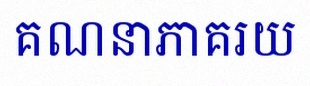
គណនាភាគរយ